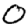
Digit: 0